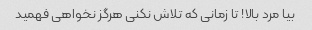
بیا مرد بالا! تا زمانی که تلاش نکنی هرگز نخواهی فهمید